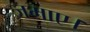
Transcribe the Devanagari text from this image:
जमाए।